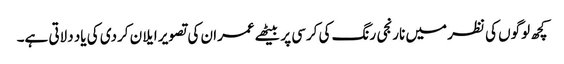
کچھ لوگوں کی نظر میں نارنجی رنگ کی کرسی پر بیٹھے عمران کی تصویر ایلان کردی کی یاد دلاتی ہے۔